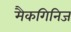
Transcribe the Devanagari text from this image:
मैकगिनिज